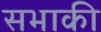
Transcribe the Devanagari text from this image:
सभाकी